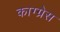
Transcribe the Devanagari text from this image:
काग्ग्रेस